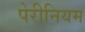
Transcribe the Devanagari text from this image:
पेरीनियम